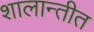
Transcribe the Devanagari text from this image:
शालान्तीत